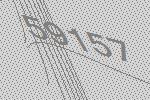
59157